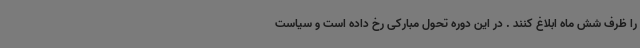
را ظرف شش ماه ابلاغ کنند . در این دوره تحول مبارکی رخ داده است و سیاست